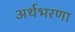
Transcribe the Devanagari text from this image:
अर्थभरणा